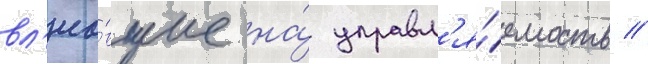
вл'иа́вшие на́ управл'я́емость //